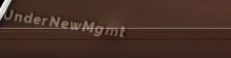
UnderNewMgmt